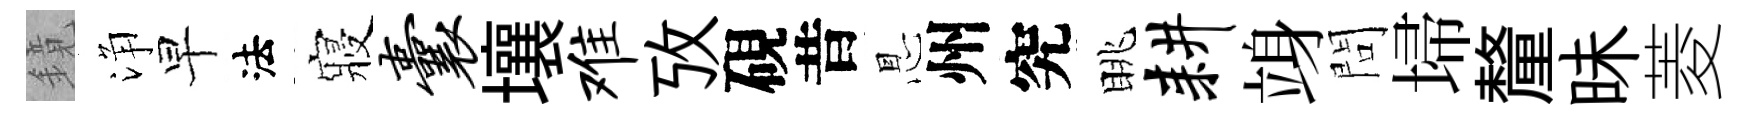
鏡浄早法寢囊壤难攷硯昔㤙州究眺耕竧問埽釐昧菱